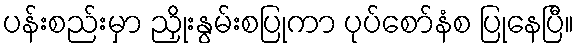
ပန်းစည်းမှာ ညှိုးနွမ်းစပြုကာ ပုပ်စော်နံစ ပြုနေပြီ။